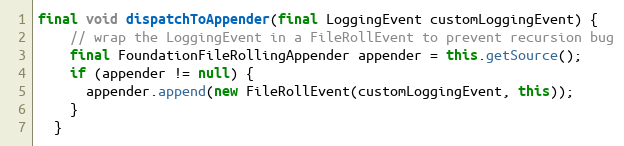
Language: Java
final void dispatchToAppender(final LoggingEvent customLoggingEvent) {
    // wrap the LoggingEvent in a FileRollEvent to prevent recursion bug
    final FoundationFileRollingAppender appender = this.getSource();
    if (appender != null) {
      appender.append(new FileRollEvent(customLoggingEvent, this));
    }
  }